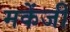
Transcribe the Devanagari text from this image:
मकेंजी